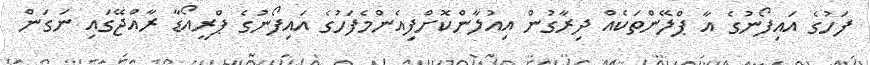
ފަހުގެ އައިފޯނުގެ އާ ޕްލޭންތަކެއް ދިރާގުން އިއުލާންކޮށްފިއެންމެފަހުގެ އައިފޯނުގެ ޕްރީއޯޑާ ރާއްޖޭގައި ނަގަން